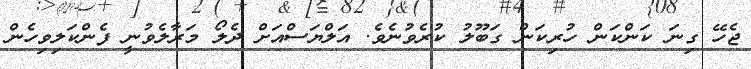
ޖެހޭ ގިނަ ކަންކަން ހުރިކަން ގަބޫލު ކުރެވުނެވެ. އަލްޔަސްއަށް ދެލޯ މަރާލެވުނީ ފެންކަލިވިހެން